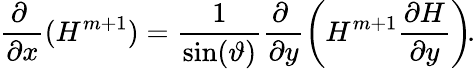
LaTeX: \frac{\partial~}{\partial x}(H^{m+1})=\frac{1}{\sin(\vartheta)}\frac{\partial~}{\partial y}\left(H^{m+1}\frac{\partial H}{\partial y}\right)\! .